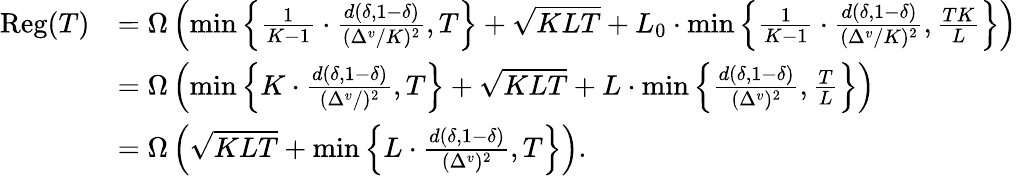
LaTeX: \begin{array}{rl}{\mathrm{Reg}(T)}&{=\Omega\left(\operatorname*{min}\left\{ \frac{1}{K-1}\cdot\frac{d(\delta,1-\delta)}{(\Delta^{v}/K)^{2}},T\right\} +\sqrt{KLT}+L_{0}\cdot\operatorname*{min}\left\{ \frac{1}{K-1}\cdot\frac{d(\delta,1-\delta)}{(\Delta^{v}/K)^{2}},\frac{TK}{L}\right\} \right)}\\ &{=\Omega\left(\operatorname*{min}\left\{ K\cdot\frac{d(\delta,1-\delta)}{(\Delta^{v}/)^{2}},T\right\} +\sqrt{KLT}+L\cdot\operatorname*{min}\left\{ \frac{d(\delta,1-\delta)}{(\Delta^{v})^{2}},\frac{T}{L}\right\} \right)}\\ &{=\Omega\left(\sqrt{KLT}+\operatorname*{min}\left\{ L\cdot\frac{d(\delta,1-\delta)}{(\Delta^{v})^{2}},T\right\} \right).}\end{array}